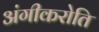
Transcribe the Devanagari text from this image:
अंगीकरोति